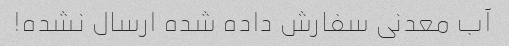
آب معدنی سفارش داده شده ارسال نشده!